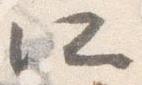
所